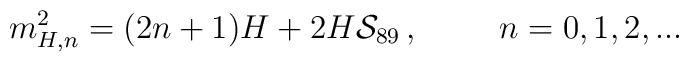
m^2_{H,n} = (2n+1)H + 2H{\cal S}_{89}\,, \hspace{1cm} n=0,1,2,...